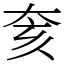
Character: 奒